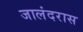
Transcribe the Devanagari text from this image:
जालंदरास